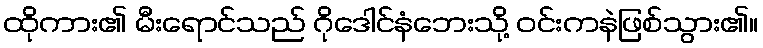
ထိုကား၏ မီးရောင်သည် ဂိုဒေါင်နံဘေးသို့ ဝင်းကနဲဖြစ်သွား၏။